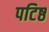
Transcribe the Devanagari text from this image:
पटिष्ठ